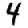
Digit: 4